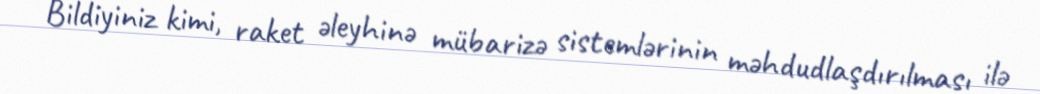
Bildiyiniz kimi, raket əleyhinə mübarizə sistemlərinin məhdudlaşdırılması ilə